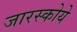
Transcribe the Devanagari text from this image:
जारस्कोये